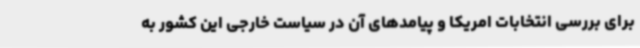
برای بررسی انتخابات امریکا و پیامدهای آن در سیاست خارجی این کشور به